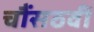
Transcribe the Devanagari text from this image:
चौंसठवीं